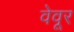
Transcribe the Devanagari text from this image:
वेवूर